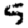
Digit: 5